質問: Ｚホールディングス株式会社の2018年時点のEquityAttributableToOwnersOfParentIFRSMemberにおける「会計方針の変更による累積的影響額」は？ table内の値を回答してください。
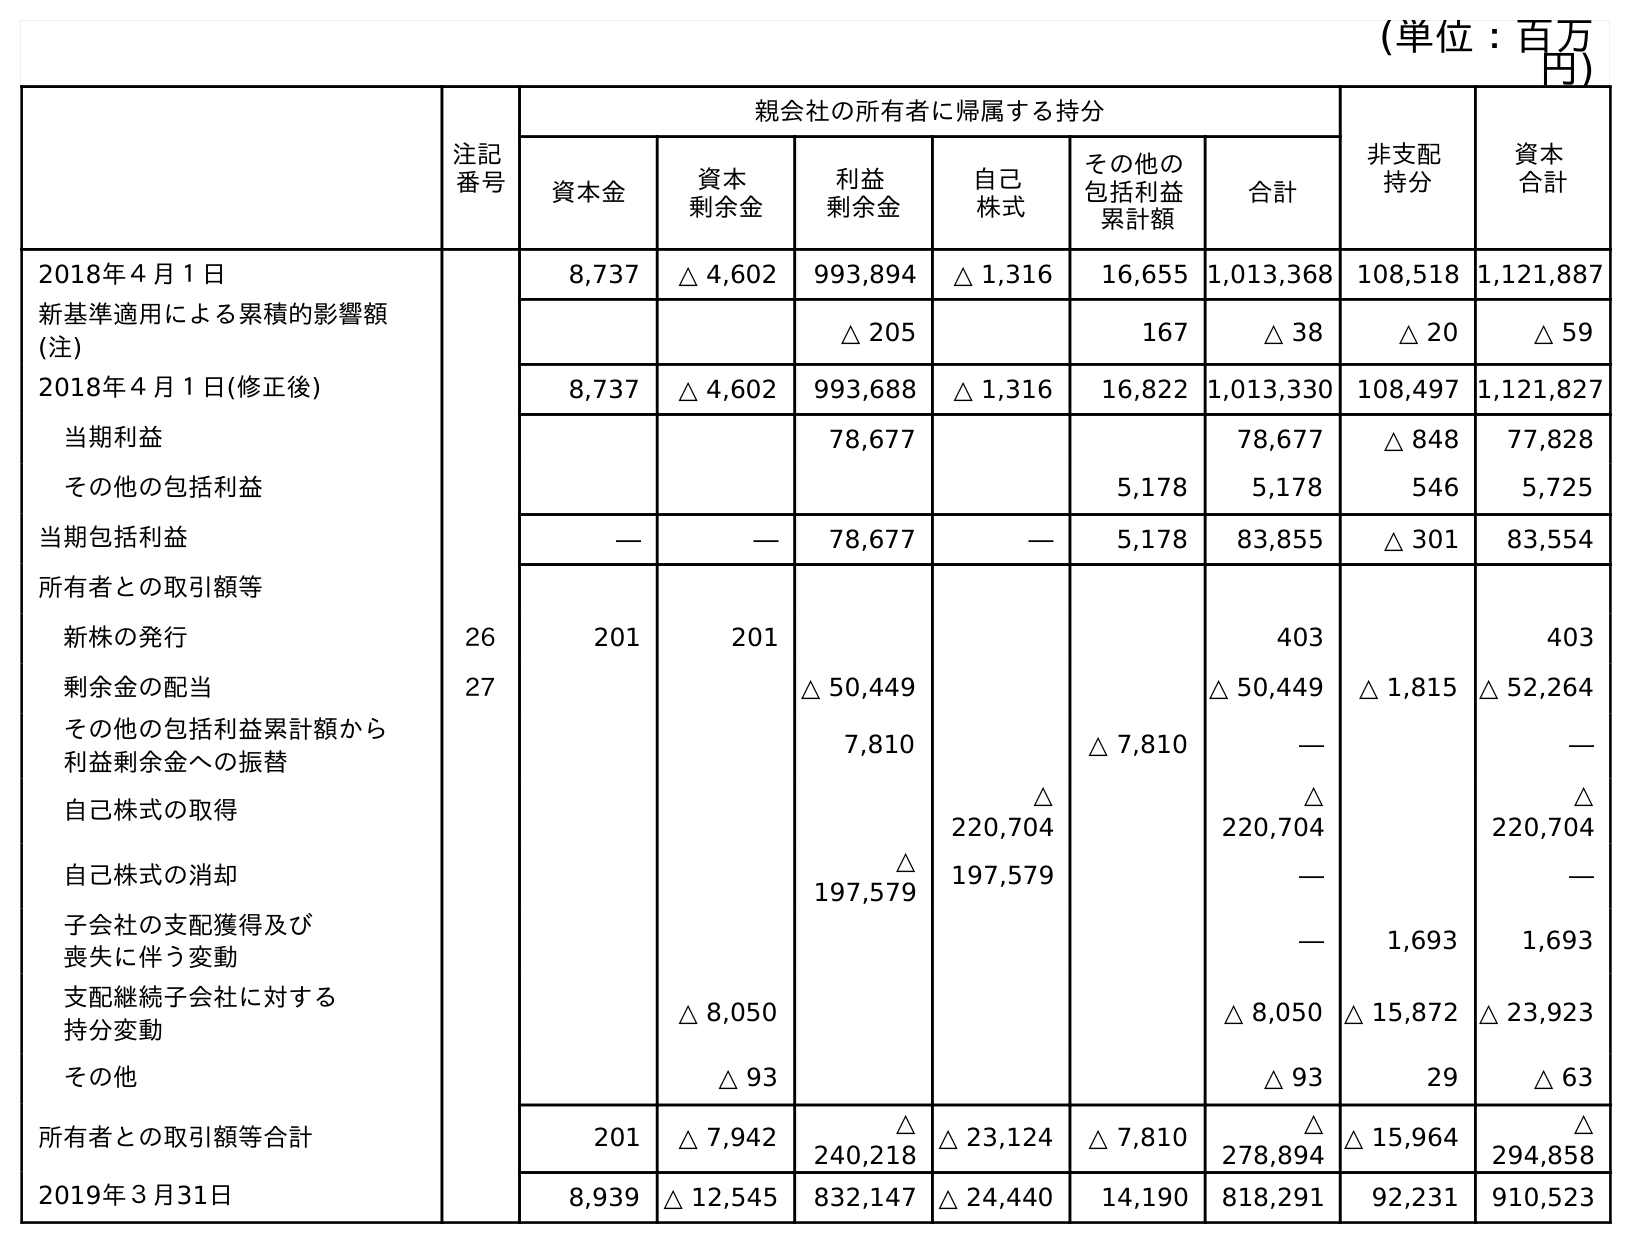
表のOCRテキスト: (単位：百万 円) 注記 番号 親会社の所有者に帰属する持分 非支配 持分 資本 合計 資本金 資本 剰余金 利益 剰余金 自己 株式 その他の 包括利益 累計額 合計 2018年４月１日 8,737 △ 4,602 993,894 △ 1,316 16,655 1,013,368 108,518 1,121,887 新基準適用による累積的影響額 (注) △ 205 167 △ 38 △ 20 △ 59 2018年４月１日(修正後) 8,737 △ 4,602 993,688 △ 1,316 16,822 1,013,330 108,497 1,121,827 当期利益 78,677 78,677 △ 848 77,828 その他の包括利益 5,178 5,178 546 5,725 当期包括利益 ― ― 78,677 ― 5,178 83,855 △ 301 83,554 所有者との取引額等 新株の発行 26 201 201 403 403 剰余金の配当 27 △ 50,449 △ 50,449 △ 1,815 △ 52,264 その他の包括利益累計額から 利益剰余金への振替 7,810 △ 7,810 ― ― 自己株式の取得 △ 220,704 △ 220,704 △ 220,704 自己株式の消却 △ 197,579 197,579 ― ― 子会社の支配獲得及び 喪失に伴う変動 ― 1,693 1,693 支配継続子会社に対する 持分変動 △ 8,050 △ 8,050 △ 15,872 △ 23,923 その他 △ 93 △ 93 29 △ 63 所有者との取引額等合計 201 △ 7,942 △ 240,218 △ 23,124 △ 7,810 △ 278,894 △ 15,964 △ 294,858 2019年３月31日 8,939 △ 12,545 832,147 △ 24,440 14,190 818,291 92,231 910,523
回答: △38